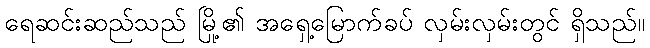
ရေဆင်းဆည်သည် မြို့၏ အရှေ့မြောက်ခပ် လှမ်းလှမ်းတွင် ရှိသည်။